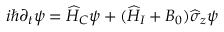
i \hbar \partial _ { t } \psi = \widehat { H } _ { C } \psi + ( \widehat { H } _ { I } + B _ { 0 } ) \widehat { \sigma } _ { z } \psi